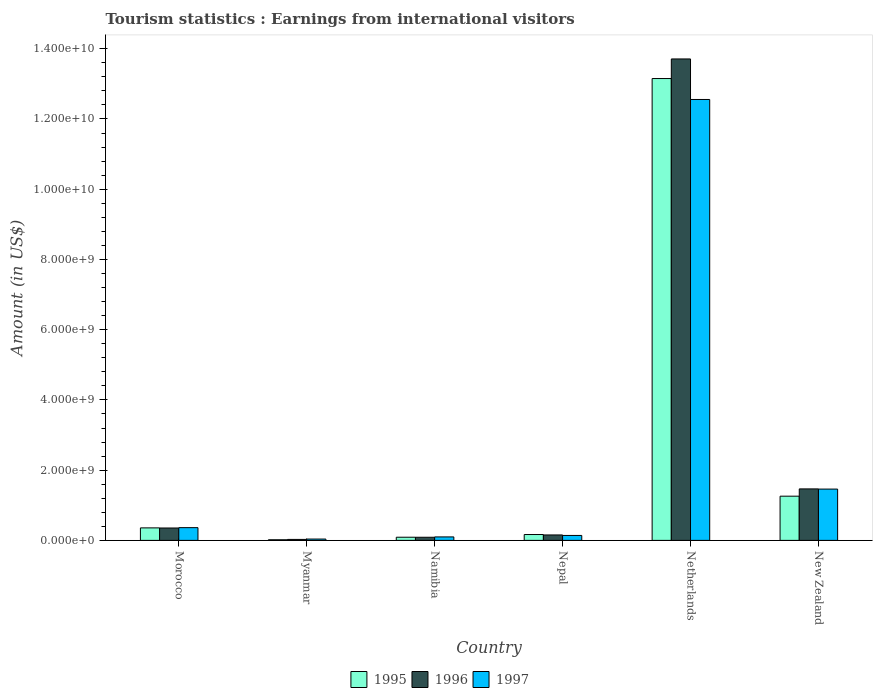
| Country | 1995 | 1996 | 1997 |
 | --- | --- | --- | --- |
 | Morocco | 3.56e+08 | 3.53e+08 | 3.63e+08 |
 | Myanmar | 1.8e+07 | 2.8e+07 | 3.8e+07 |
 | Namibia | 9e+07 | 8.9e+07 | 9.9e+07 |
 | Nepal | 1.67e+08 | 1.55e+08 | 1.41e+08 |
 | Netherlands | 1.32e+10 | 1.37e+10 | 1.26e+10 |
 | New Zealand | 1.26e+09 | 1.47e+09 | 1.46e+09 |